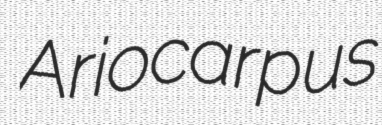
Ariocarpus